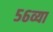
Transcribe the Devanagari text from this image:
५६व्या